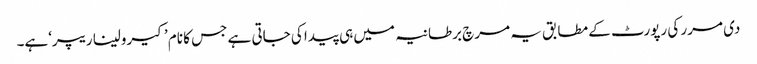
دی مرر کی رپورٹ کے مطابق یہ مرچ برطانیہ میں ہی پیدا کی جاتی ہے جس کا نام ’کیرولینا ریپر‘ہے۔